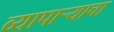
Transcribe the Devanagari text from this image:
व्यापार्‍याचा